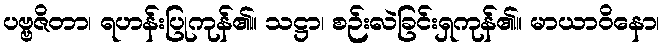
ပဗ္ဗဇိတာ၊ ရဟန်းပြုကုန်၏။ သဋ္ဌာ၊ စဉ်းလဲခြင်းရှကုန်၏။ မာယာဝိနော၊